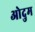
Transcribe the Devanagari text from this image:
ओदुम